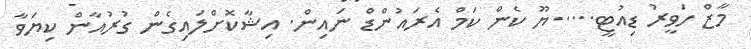
މާޒް ހަވީރު ޑިއުޓީ.....ޔޫ ކެން ކަމް އެރައުންޑް ނައިން. އިޝާކޮށްލައިގެން ގުރުއާން ކިޔަވާ